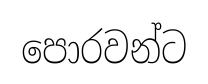
පොරවන්ට